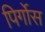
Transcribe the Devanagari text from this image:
पिर्गोस